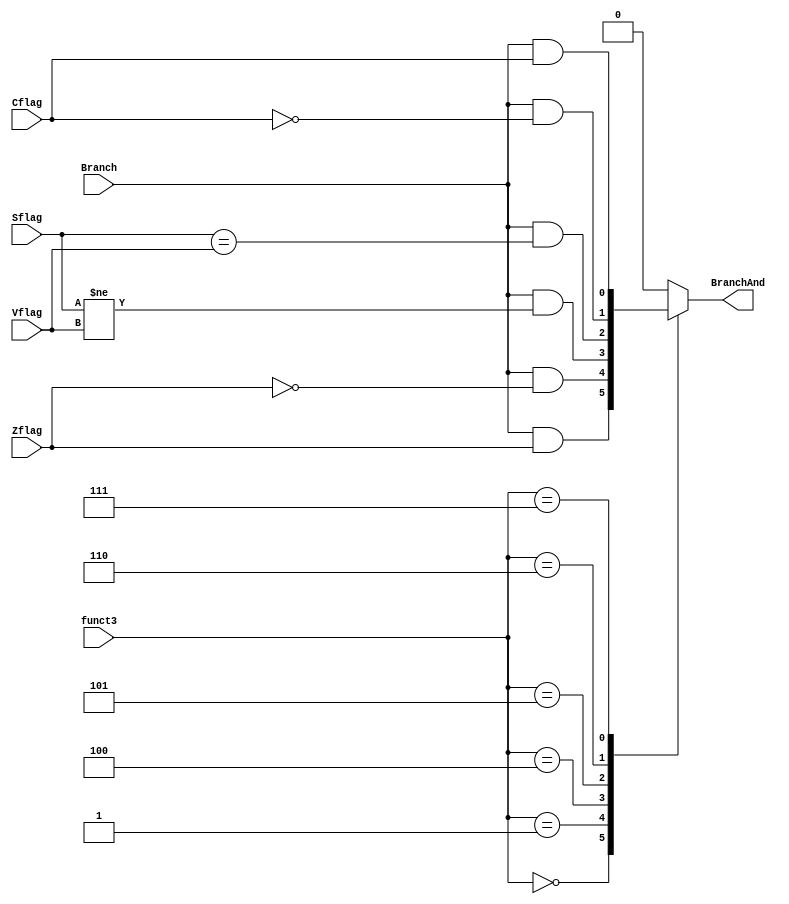
`timescale 1ns / 1ps

/*******************************************************************
* Module: Branch_Control_Unit.v
* Project: Arch-Project-1
           Nour Kasaby N.Kasaby@aucegypt.edu
* Description: Using the Funct_3 of the given instruction and the flags 
               calculated in the ALU, the branch control unit will assess 
               these flags and will return a signal to branch or not
* Change history: 03/11/23  Created module 
**********************************************************************/

module Branch_Control_Unit(
    input [2:0] funct3,
    input Zflag,
    input Sflag,
    input Vflag,
    input Cflag,
    input Branch,
    output reg BranchAnd
);

always @(*) begin
    case(funct3)
        3'b000: BranchAnd = Branch & Zflag;
        3'b001: BranchAnd = Branch & ~Zflag;
        3'b100: BranchAnd = Branch & (Sflag != Vflag);
        3'b101: BranchAnd = Branch & (Sflag == Vflag);
        3'b110: BranchAnd = Branch & ~Cflag;
        3'b111: BranchAnd = Branch & Cflag;
        default: BranchAnd = 1'b0;
    endcase
end

endmodule